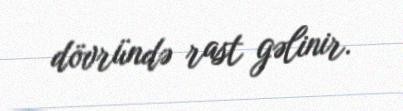
dövründə rast gəlinir.